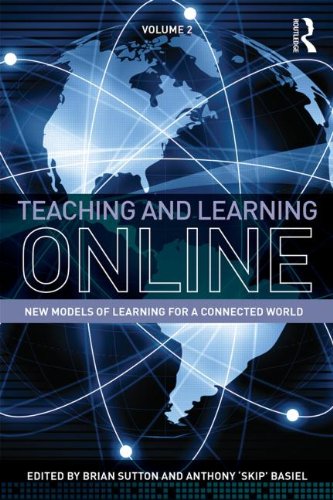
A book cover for Teaching and Learning Online: New Models of Learning for a Connected World, Volume 2; Computers & Technology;